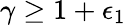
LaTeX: \gamma\geq 1+\epsilon_{1}